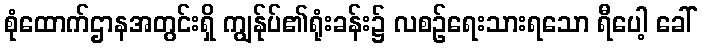
စုံထောက်ဌာနအတွင်းရှိ ကျွန်ုပ်၏ရုံးခန်း၌ လစဉ်ရေးသားရသော ရီပေါ့ ခေါ်